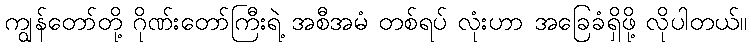
ကျွန်တော်တို့ ဂိုဏ်းတော်ကြီးရဲ့ အစီအမံ တစ်ရပ် လုံးဟာ အခြေခံရှိဖို့ လိုပါတယ်။